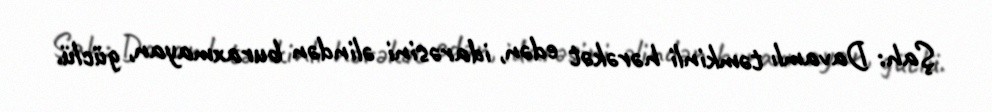
Şah: Davamlı təmkinli hərəkət edən, idarəsini əlindən buraxmayan, güclü.